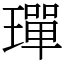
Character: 𤩧